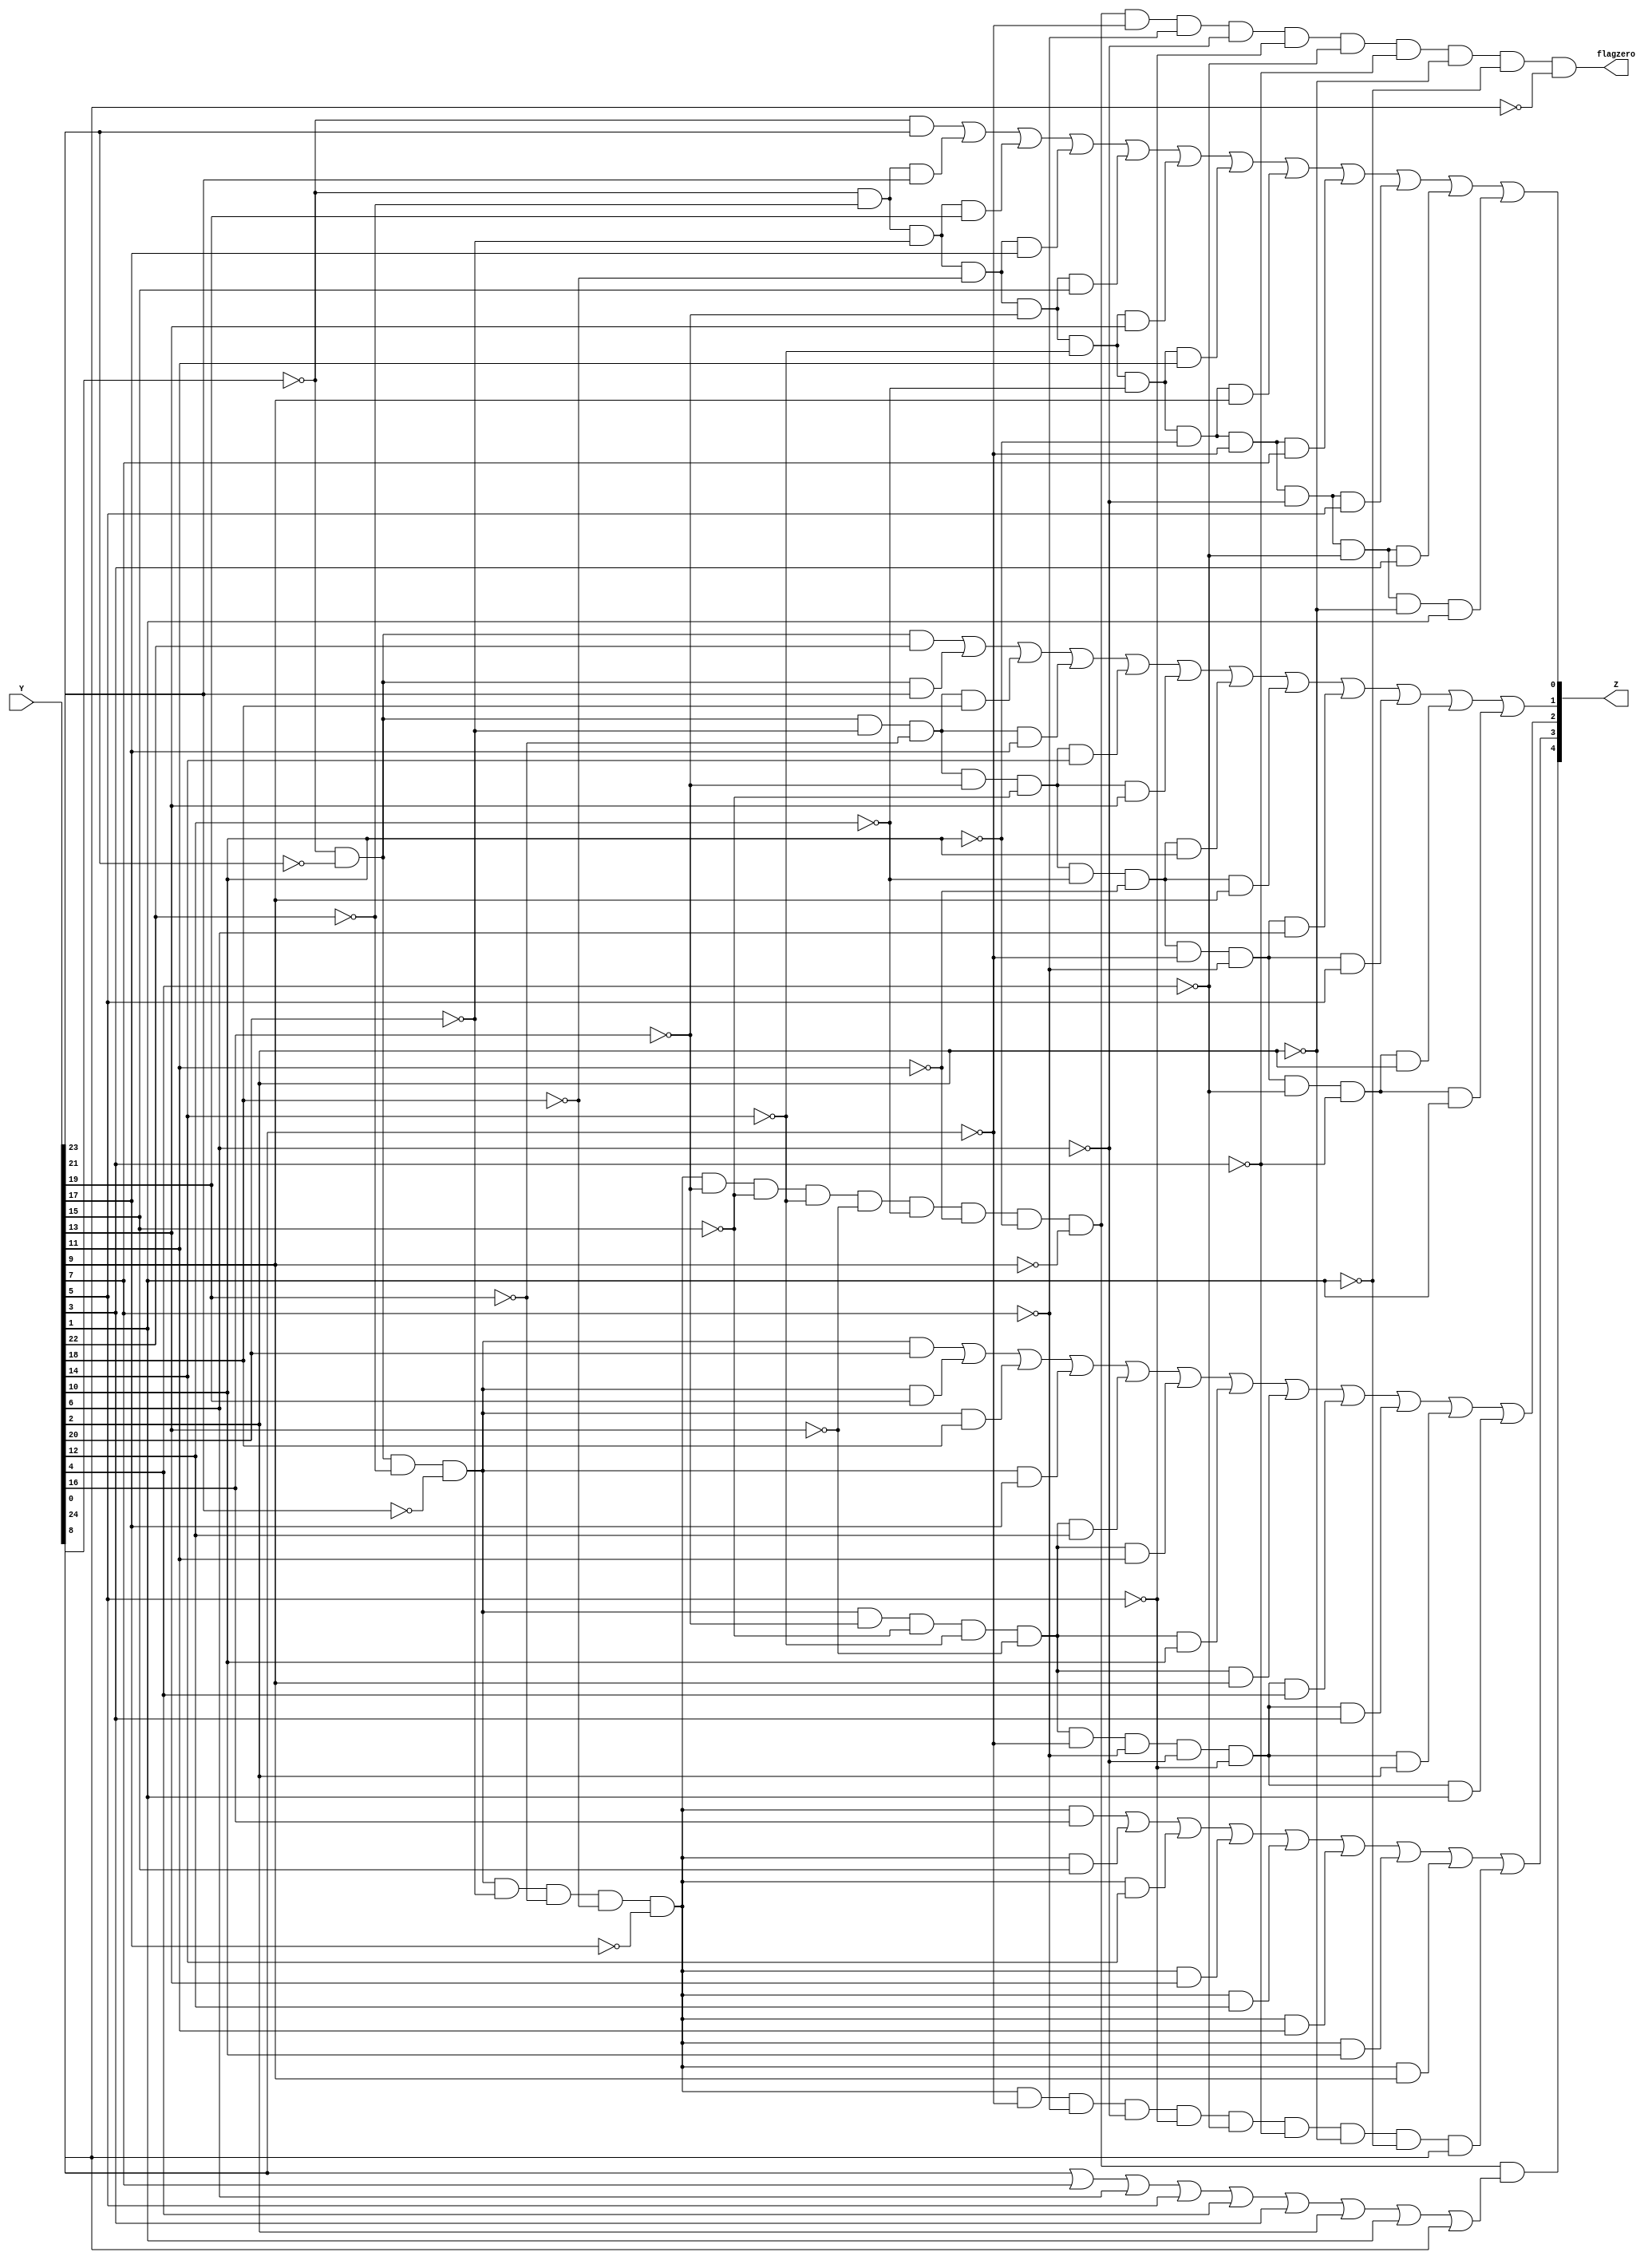
////////////////////////////////////////////////////////////////////////////////
//                                                                            //
// Description  : find bit1 fisrt                                             //
//                                                                            //
//                                                                            //  
////////////////////////////////////////////////////////////////////////////////

module findbit1(flagzero,Z,Y);
output	flagzero;
output	[4:0]Z;
input	[24:0]Y;

assign	flagzero=~Y[24]&~Y[23]&~Y[22]&~Y[21]&~Y[20]&~Y[19]&~Y[18]&~Y[17]
                &~Y[16]&~Y[15]&~Y[14]&~Y[13]&~Y[12]&~Y[11]&~Y[10]&~Y[9]
		        &~Y[8]&~Y[7]&~Y[6]&~Y[5]&~Y[4]&~Y[3]&~Y[2]&~Y[1]&~Y[0];

assign Z[0]=(~Y[24]&Y[23])
            |(~Y[24]&~Y[22]&Y[21])
            |(~Y[24]&~Y[22]&~Y[20]&Y[19])
	        |(~Y[24]&~Y[22]&~Y[20]&~Y[18]&Y[17])
            |(~Y[24]&~Y[22]&~Y[20]&~Y[18]&~Y[16]&Y[15])
            |(~Y[24]&~Y[22]&~Y[20]&~Y[18]&~Y[16]&~Y[14]&Y[13])
            |(~Y[24]&~Y[22]&~Y[20]&~Y[18]&~Y[16]&~Y[14]&~Y[12]&Y[11])
            |(~Y[24]&~Y[22]&~Y[20]&~Y[18]&~Y[16]&~Y[14]&~Y[12]&~Y[10]&Y[9])
            |(~Y[24]&~Y[22]&~Y[20]&~Y[18]&~Y[16]&~Y[14]&~Y[12]&~Y[10]&~Y[8]&Y[7])
            |(~Y[24]&~Y[22]&~Y[20]&~Y[18]&~Y[16]&~Y[14]&~Y[12]&~Y[10]&~Y[8]&~Y[6]&Y[5])
            |(~Y[24]&~Y[22]&~Y[20]&~Y[18]&~Y[16]&~Y[14]&~Y[12]&~Y[10]&~Y[8]&~Y[6]&~Y[4]&Y[3])
            |(~Y[24]&~Y[22]&~Y[20]&~Y[18]&~Y[16]&~Y[14]&~Y[12]&~Y[10]&~Y[8]&~Y[6]&~Y[4]&~Y[2]&Y[1]);

assign	Z[1]=(~Y[24]&~Y[23]&Y[22])
            |(~Y[24]&~Y[23]&Y[21])
	        |(~Y[24]&~Y[23]&~Y[20]&~Y[19]&Y[18])
            |(~Y[24]&~Y[23]&~Y[20]&~Y[19]&Y[17])
	        |(~Y[24]&~Y[23]&~Y[20]&~Y[19]&~Y[16]&~Y[15]&Y[14])
            |(~Y[24]&~Y[23]&~Y[20]&~Y[19]&~Y[16]&~Y[15]&Y[13])
	        |(~Y[24]&~Y[23]&~Y[20]&~Y[19]&~Y[16]&~Y[15]&~Y[12]&~Y[11]&Y[10])
	        |(~Y[24]&~Y[23]&~Y[20]&~Y[19]&~Y[16]&~Y[15]&~Y[12]&~Y[11]&Y[9])
	        |(~Y[24]&~Y[23]&~Y[20]&~Y[19]&~Y[16]&~Y[15]&~Y[12]&~Y[11]&~Y[8]&~Y[7]&Y[6])
	        |(~Y[24]&~Y[23]&~Y[20]&~Y[19]&~Y[16]&~Y[15]&~Y[12]&~Y[11]&~Y[8]&~Y[7]&Y[5])
            |(~Y[24]&~Y[23]&~Y[20]&~Y[19]&~Y[16]&~Y[15]&~Y[12]&~Y[11]&~Y[8]&~Y[7]&~Y[4]&~Y[3]&Y[2])
	        |(~Y[24]&~Y[23]&~Y[20]&~Y[19]&~Y[16]&~Y[15]&~Y[12]&~Y[11]&~Y[8]&~Y[7]&~Y[4]&~Y[3]&Y[1]);

assign	Z[2]=(~Y[24]&~Y[23]&~Y[22]&~Y[21]&Y[20])
            |(~Y[24]&~Y[23]&~Y[22]&~Y[21]&Y[19])
            |(~Y[24]&~Y[23]&~Y[22]&~Y[21]&Y[18])
            |(~Y[24]&~Y[23]&~Y[22]&~Y[21]&Y[17])
            |(~Y[24]&~Y[23]&~Y[22]&~Y[21]&~Y[16]&~Y[15]&~Y[14]&~Y[13]&Y[12])
            |(~Y[24]&~Y[23]&~Y[22]&~Y[21]&~Y[16]&~Y[15]&~Y[14]&~Y[13]&Y[11])
            |(~Y[24]&~Y[23]&~Y[22]&~Y[21]&~Y[16]&~Y[15]&~Y[14]&~Y[13]&Y[10])
	        |(~Y[24]&~Y[23]&~Y[22]&~Y[21]&~Y[16]&~Y[15]&~Y[14]&~Y[13]&Y[9])
	        |(~Y[24]&~Y[23]&~Y[22]&~Y[21]&~Y[16]&~Y[15]&~Y[14]&~Y[13]&~Y[8]&~Y[7]&~Y[6]&~Y[5]&Y[4])
            |(~Y[24]&~Y[23]&~Y[22]&~Y[21]&~Y[16]&~Y[15]&~Y[14]&~Y[13]&~Y[8]&~Y[7]&~Y[6]&~Y[5]&Y[3])
	        |(~Y[24]&~Y[23]&~Y[22]&~Y[21]&~Y[16]&~Y[15]&~Y[14]&~Y[13]&~Y[8]&~Y[7]&~Y[6]&~Y[5]&Y[2]) 
	        |(~Y[24]&~Y[23]&~Y[22]&~Y[21]&~Y[16]&~Y[15]&~Y[14]&~Y[13]&~Y[8]&~Y[7]&~Y[6]&~Y[5]&Y[1]);

assign	Z[3]=(~Y[24]&~Y[23]&~Y[22]&~Y[21]&~Y[20]&~Y[19]&~Y[18]&~Y[17]&Y[16])
            |(~Y[24]&~Y[23]&~Y[22]&~Y[21]&~Y[20]&~Y[19]&~Y[18]&~Y[17]&Y[15])
            |(~Y[24]&~Y[23]&~Y[22]&~Y[21]&~Y[20]&~Y[19]&~Y[18]&~Y[17]&Y[14])
	        |(~Y[24]&~Y[23]&~Y[22]&~Y[21]&~Y[20]&~Y[19]&~Y[18]&~Y[17]&Y[13])
            |(~Y[24]&~Y[23]&~Y[22]&~Y[21]&~Y[20]&~Y[19]&~Y[18]&~Y[17]&Y[12])
	        |(~Y[24]&~Y[23]&~Y[22]&~Y[21]&~Y[20]&~Y[19]&~Y[18]&~Y[17]&Y[11])
            |(~Y[24]&~Y[23]&~Y[22]&~Y[21]&~Y[20]&~Y[19]&~Y[18]&~Y[17]&Y[10])
            |(~Y[24]&~Y[23]&~Y[22]&~Y[21]&~Y[20]&~Y[19]&~Y[18]&~Y[17]&Y[9])
	        |(~Y[24]&~Y[23]&~Y[22]&~Y[21]&~Y[20]&~Y[19]&~Y[18]&~Y[17]&~Y[8]&~Y[7]&~Y[6]&~Y[5]&~Y[4]&~Y[3]&~Y[2]&~Y[1]&Y[0]);

assign	Z[4]=(~Y[24]&~Y[23]&~Y[22]&~Y[21]&~Y[20]&~Y[19]&~Y[18]&~Y[17]&~Y[16]&~Y[15]&~Y[14]&~Y[13]&~Y[12]&~Y[11]&~Y[10]&~Y[9])&(Y[8]|Y[7]|Y[6]|Y[5]|Y[4]|Y[3]|Y[2]|Y[1]|Y[0]);

endmodule